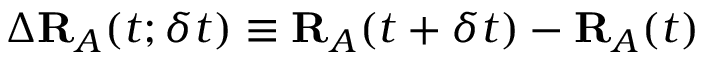
\Delta \mathbf { R } _ { A } ( t ; \delta t ) \equiv \mathbf { R } _ { A } ( t + \delta t ) - \mathbf { R } _ { A } ( t )